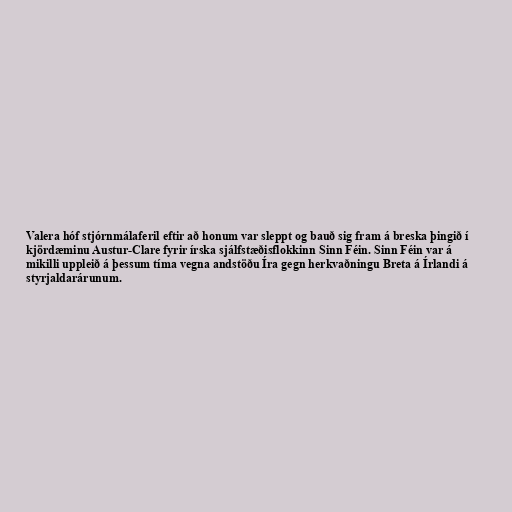
Valera hóf stjórnmálaferil eftir að honum var sleppt og bauð sig fram á breska þingið í
kjördæminu Austur-Clare fyrir írska sjálfstæðisflokkinn Sinn Féin. Sinn Féin var á
mikilli uppleið á þessum tíma vegna andstöðu Íra gegn herkvaðningu Breta á Írlandi á
styrjaldarárunum.